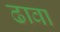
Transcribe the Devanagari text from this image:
ढावा